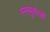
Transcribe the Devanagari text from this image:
स्नायुसंरक्षी